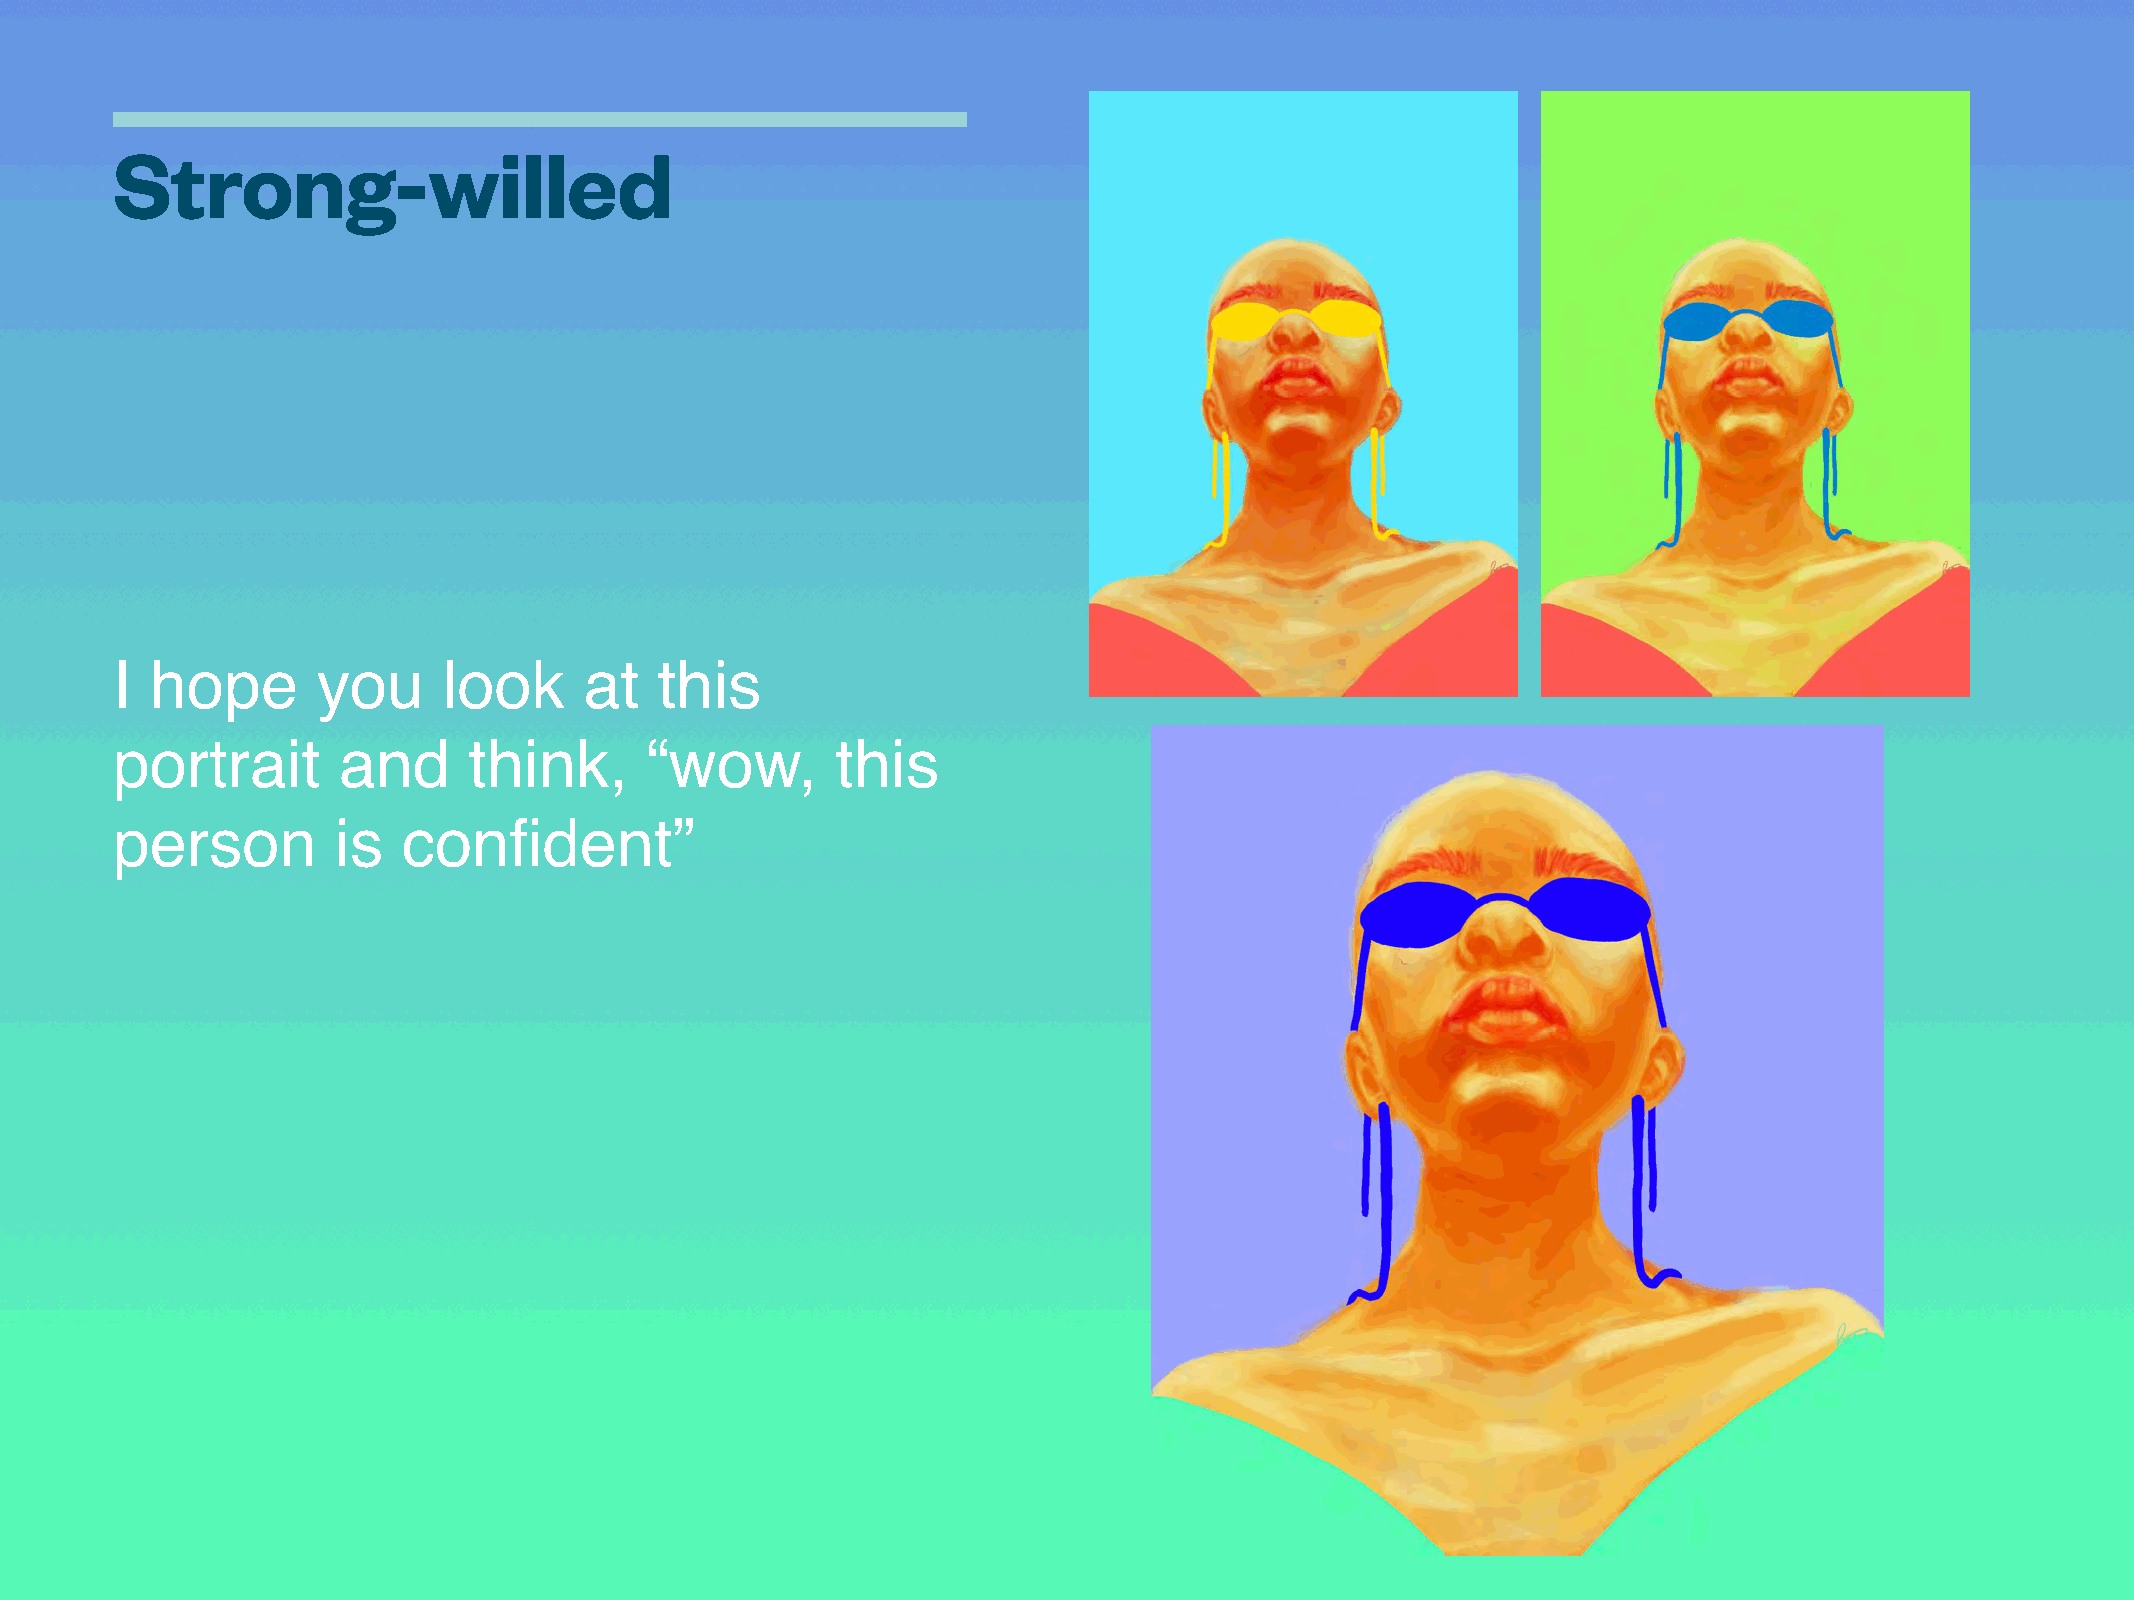
Strong-willed
 I  hope       you     look      at   this
 portrait       and      think,      “wow,       this
 person         is   confident”